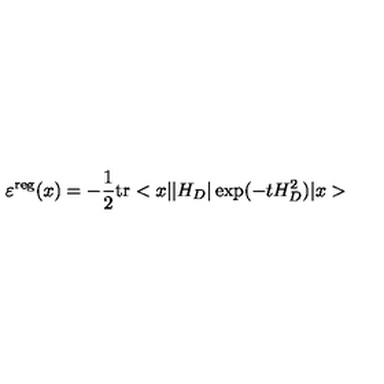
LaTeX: \varepsilon ^ { \mathrm { r e g } } ( x ) = - \frac { 1 } { 2 } \mathrm { t r } < x | | H _ { D } | \exp ( - t H _ { D } ^ { 2 } ) | x >